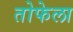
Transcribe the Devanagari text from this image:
तोफेला